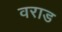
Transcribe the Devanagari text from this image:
वराड